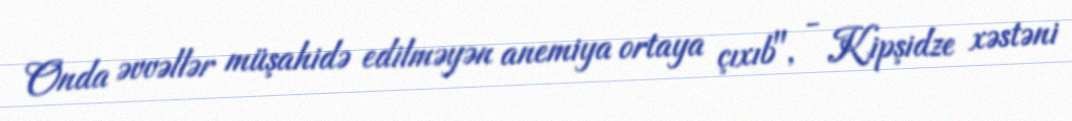
Onda əvvəllər müşahidə edilməyən anemiya ortaya çıxıb", - Kipşidze xəstəni